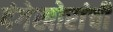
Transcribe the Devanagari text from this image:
दंगेखोरांची